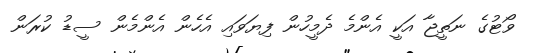
ވޯޓުގެ ނަތީޖާ އަކީ އެންމެ ދެމީހުން ފިޔަވައި އެހެން އެންމެން ސީޑު ކުރަން